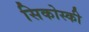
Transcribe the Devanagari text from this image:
सिकोस्की